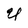
Character: U